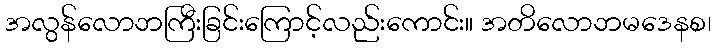
အလွန်လောဘကြီးခြင်းကြောင့်လည်းကောင်း။ အတိလောဘမဒေနစ၊